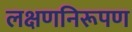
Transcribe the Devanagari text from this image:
लक्षणनिरूपण